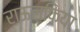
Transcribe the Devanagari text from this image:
राऊलफिया